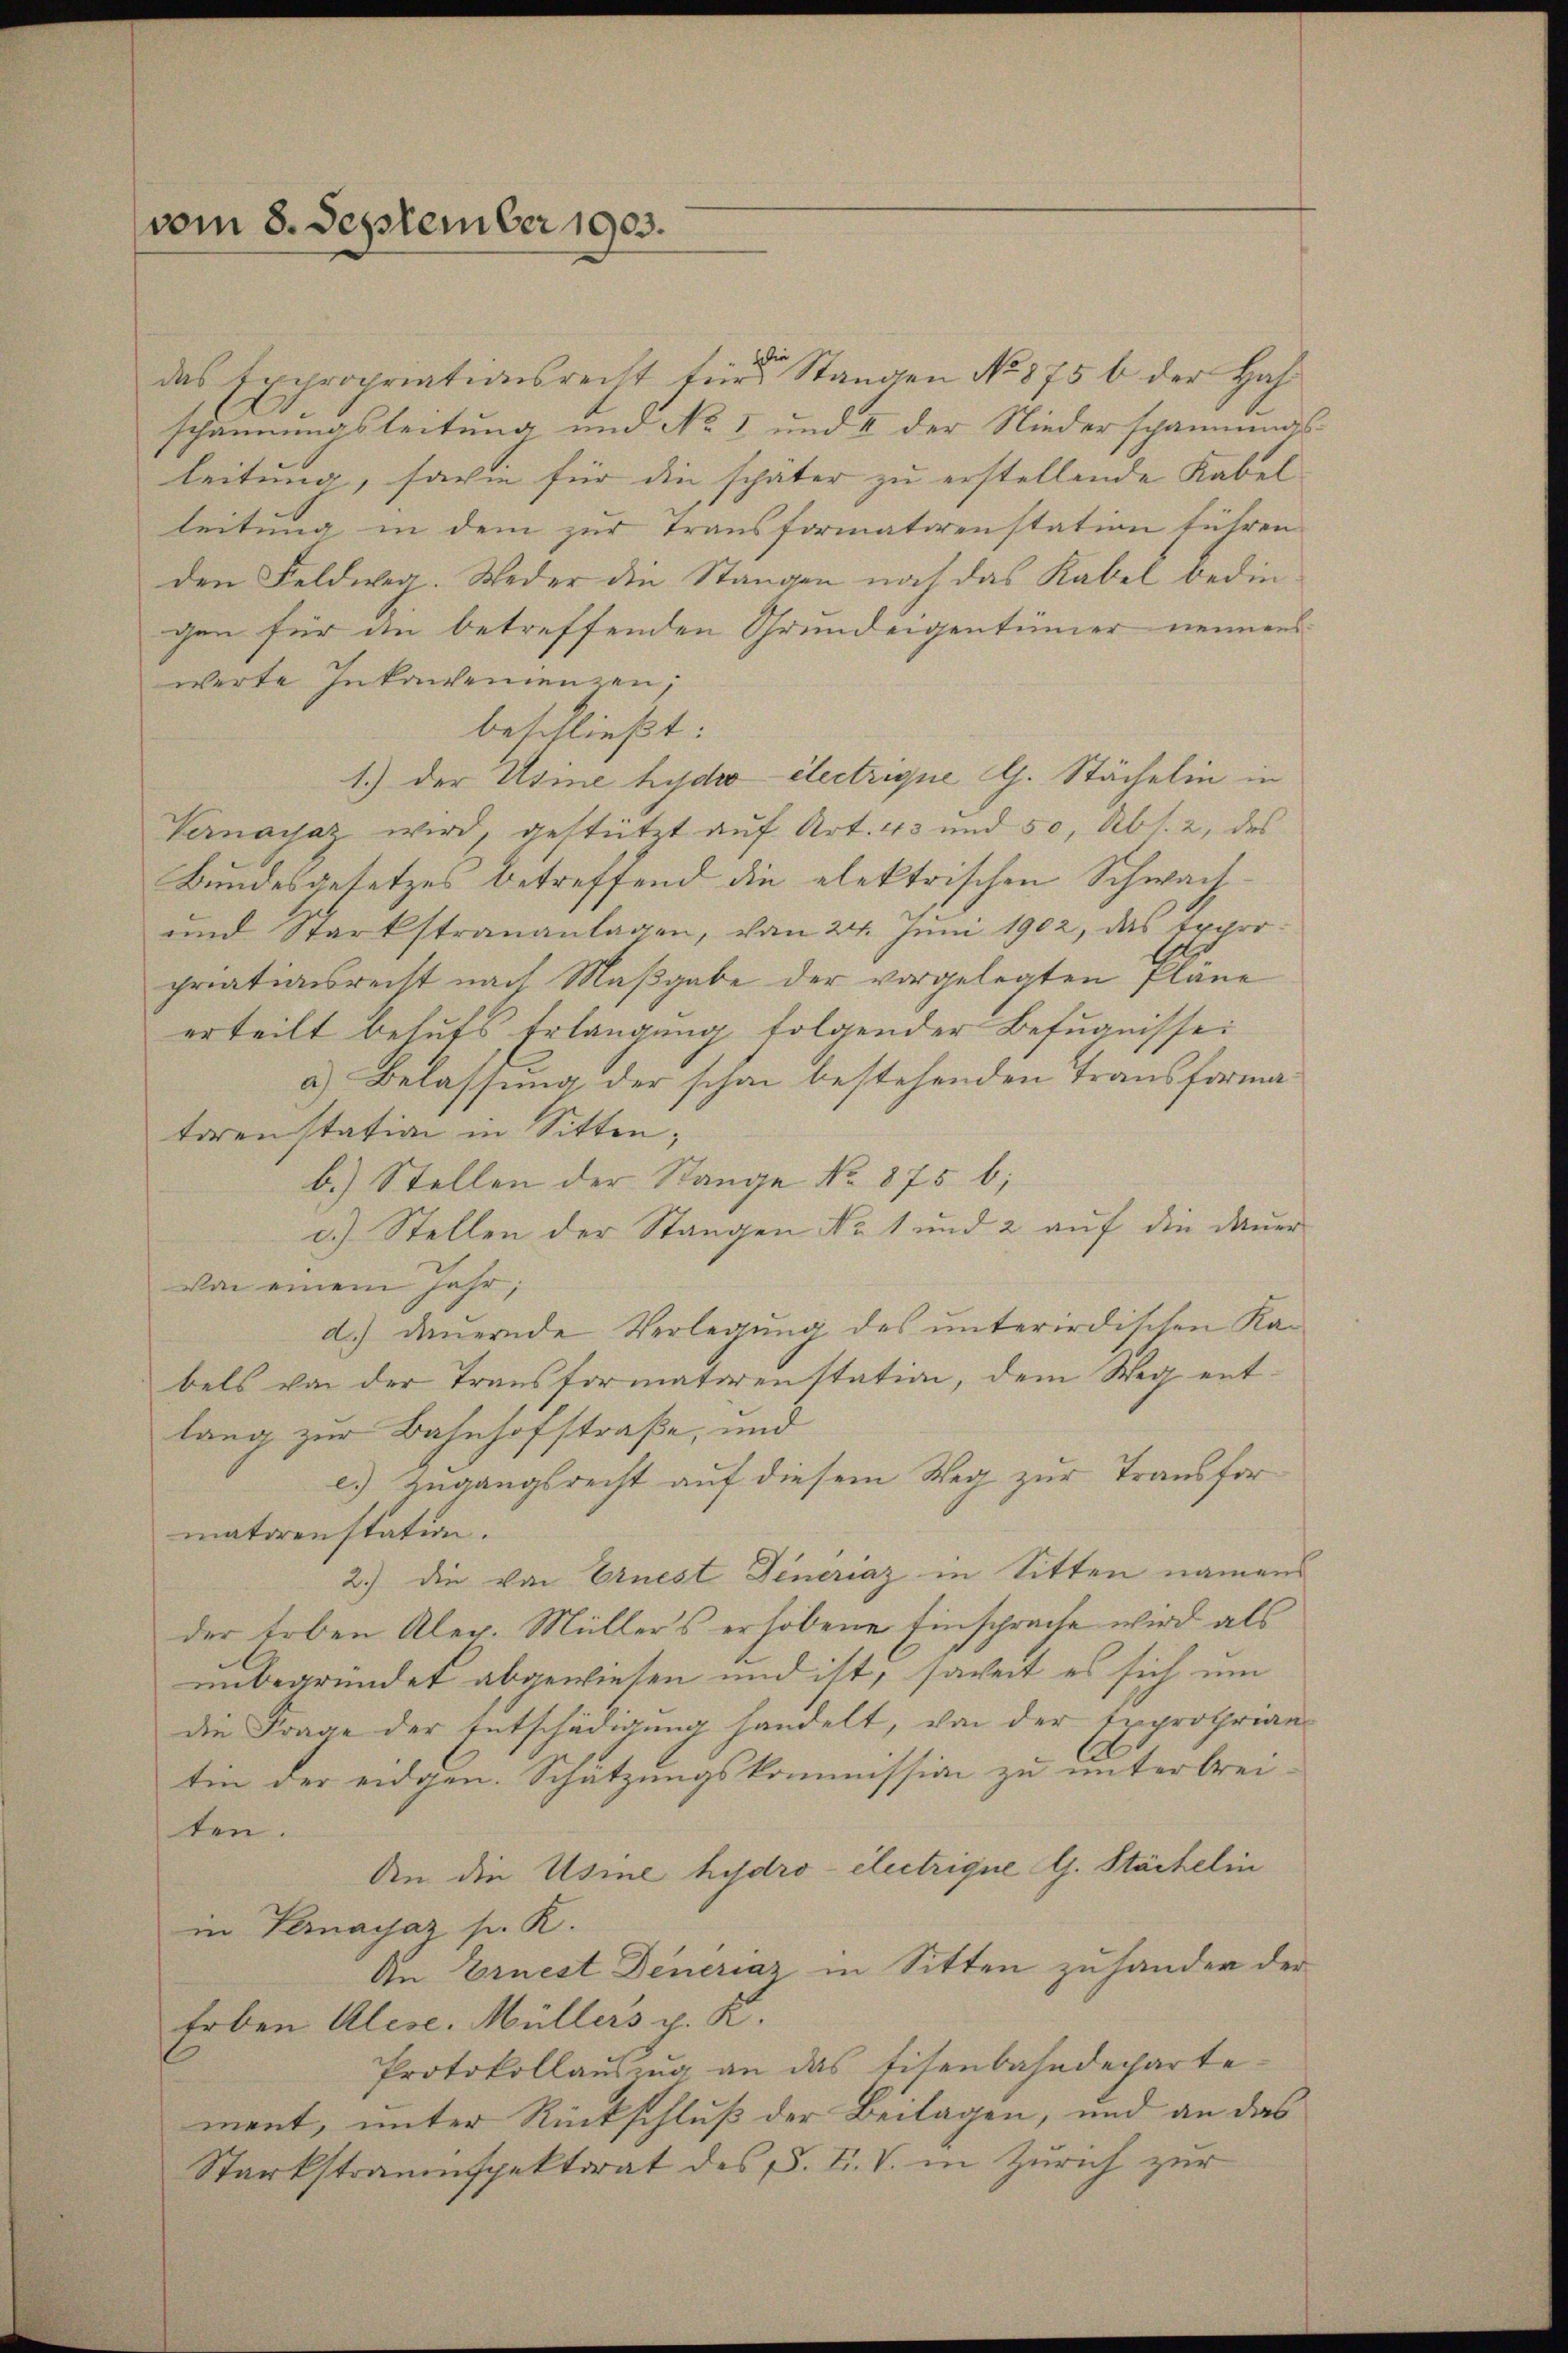
vom 8. September 1903.

das Expropriationsrecht für Stangen No 875 b der Hafschännungsleitung und No 1 und II der Niederspannung
leitung, sowie für die später zu erstellende Kabel
leitung in dem zur Transformatorenstation führen
den Feldweg. Weder die Stangen noch das Kabel bedingen für die betreffenden Grundeigentümer nennen
werte Inkonvenienzen,
beschließt:
1.) Der Usine hydro electrigue G. Stächelin in
Vernasaz wird, gestützt auf Art. 43 und 50, Abs. 2, des
Bundesgesetzes betreffend die elektrischen Schwach¬
und Starkstrananlagen, vom 24. Jŭni 1902, das Expro-
prationsrecht nach Maßgabe der vorgelegten Plane
erteilt behuts Erlangung folgender Befugnissei
a) Belassung der schon bestehenden Transformatorenstation in Sitten,
b.) Stellen der Stange No. 875 b;
d.) Stellen der Stangen Nr. 1 und 2 auf die Dauer
von einem Jahr,
d.) dauernde Verlegung des unterirdischen Ka-
bels von der Transformatorenstation, dem Weg entlang zur Bahnhofstraße, und
e.) Zugangsrecht auf diesem Weg zur Transfor
matorenstation.
2.) Die von Ernest Dinériaz in Sitten namen
der Erben Aler. Müllers erhobene Einsprache wird als
unbegründet abgewiesen und ist, soweit es sich um
die Frage der Entschädigung handelt, von der Exproprian
tin der eidgen. Schätzungskommission zu unterbrei-
ten.
An die Usine hydro- électrigue G. Stackelin
in Vernayjaz s. R.
An Ernest Deneriaz in Sitten zuhander der
Erben Alese. Müllers p. K.
Protokollauszug an das titenbahndechartement, unter Rückschluß der Beilagen, und an das
Starkstraumspektorat des P. F. V. in Zürich zur

.

¬

16